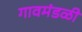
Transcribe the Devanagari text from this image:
गावमंडळी